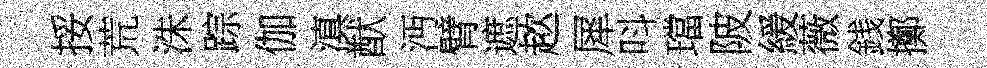
挼荒洙踪伽滇猷沔臂遮趑犀呌璫陂緩薇銭擲